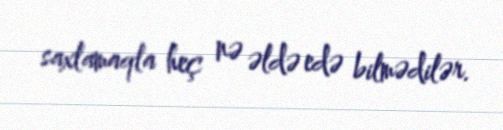
saxlamaqla heç nə əldə edə bilmədilər.